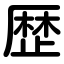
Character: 歴